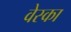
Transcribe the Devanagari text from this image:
वेस्का